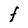
Character: F